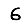
Digit: 6